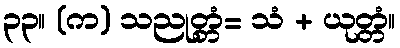
၃၃။ (က) သညုတ္တံ= သံ + ယုတ္တံ။